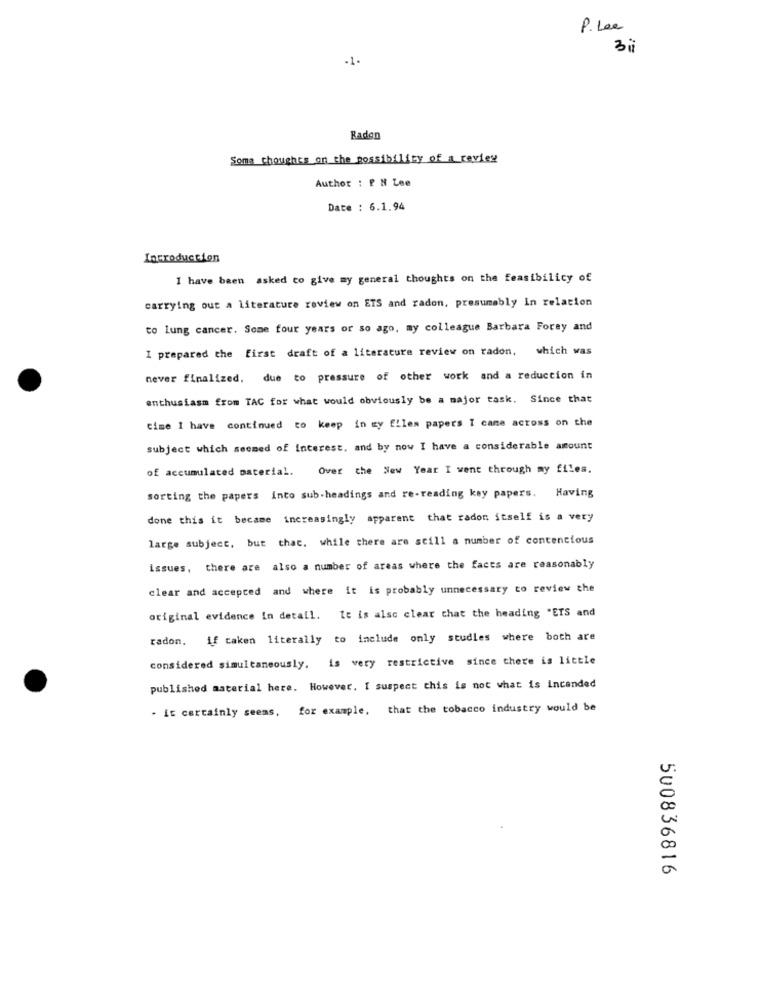
P. Lee
3 i
-1.
Radon
Some thoughts on the possibility of a review
Author : F N Lee
Date : 6.1.94
Introduction
I have been asked to give my general thoughts on the feasibility of
carrying out a literature review on ETS and radon, presumably In relation
to lung cancer. Some four years or so ago, my colleague Barbara Forey and
I prepared the first draft of a literature review on radon,
which was
never finalized. due to pressure of other work and a reduction in
enthusiasm from TAC for what would obviously be a major task. Since that
time I have continued to keep in gy files papers I came across on the
subject which seemed of interest, and by now I have a considerable amount
of accumulated material. Over the New Year I went through my files.
sorting the papers into sub headings and re-reading key papers. Having
done this it became increasingly apparent that radon itself is a very
large subject, but that. while there are still a number of contencious
issues, there are also a number of areas where the facts are reasonably
clear and accepted and where it is probably unnecessary to review the
original evidence in detail. It is also clear that the heading "ETS and
radon,
if taken literally to include only studies where both are
considered simultaneously. is very restrictive since there is little
published material here. However. I suspect this is not what is incanded
. it certainly seems, for example, that the tobacco industry would be
500836816